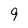
Character: 9